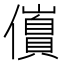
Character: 𫤀